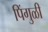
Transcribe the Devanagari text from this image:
पिंगुळी